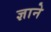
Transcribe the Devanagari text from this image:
ज्ञाने